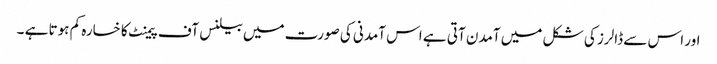
اور اس سے ڈالرز کی شکل میں آمدن آتی ہے اس آمدنی کی صورت میں بیلنس آف پیمنٹ کا خسارہ کم ہوتا ہے ۔